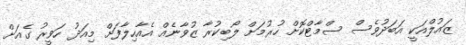
ޒައުލްއަކީ އަބަދުވެސް ސްމާޓްކޮށް ހުރުމަށް ލޯބިކުރާ ޒުވާނެއް އެއާހިލާފަށް މިއަދު ހަވީރު ގެއަށް